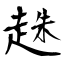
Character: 趎